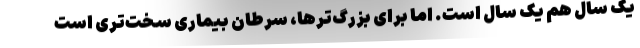
یک سال هم یک سال است. اما برای بزرگ‌ترها، سرطان بیماری سخت‌تری است